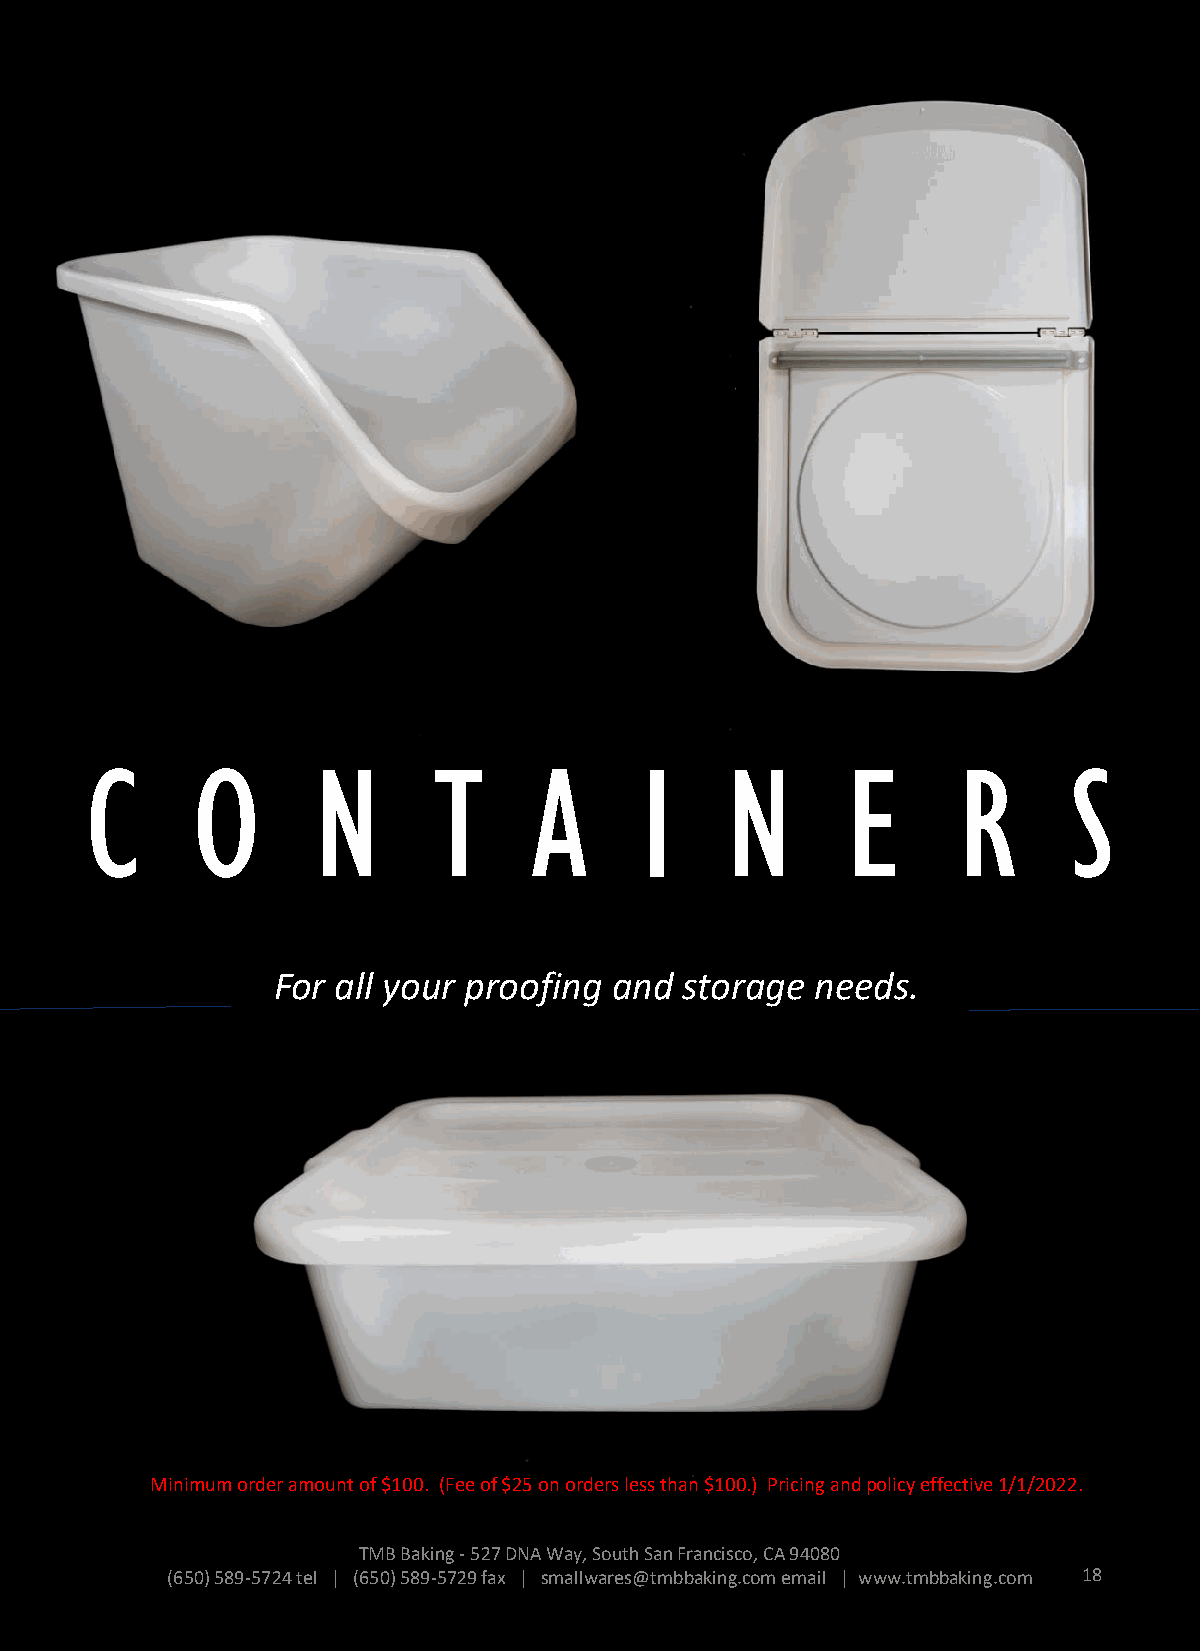
C      O       N       T     A      I     N       E      R       S
 For all your proofing  and storage  needs.
 Minimum order amount of $100. (Fee of $25 on orders less than $100.) Pricing and policy effective 1/1/2022.
 TMB Baking -527 DNA Way, South San Francisco, CA 94080
 (650) 589-5724 tel | (650) 589-5729 fax | smallwares@tmbbaking.com email | www.tmbbaking.com 18